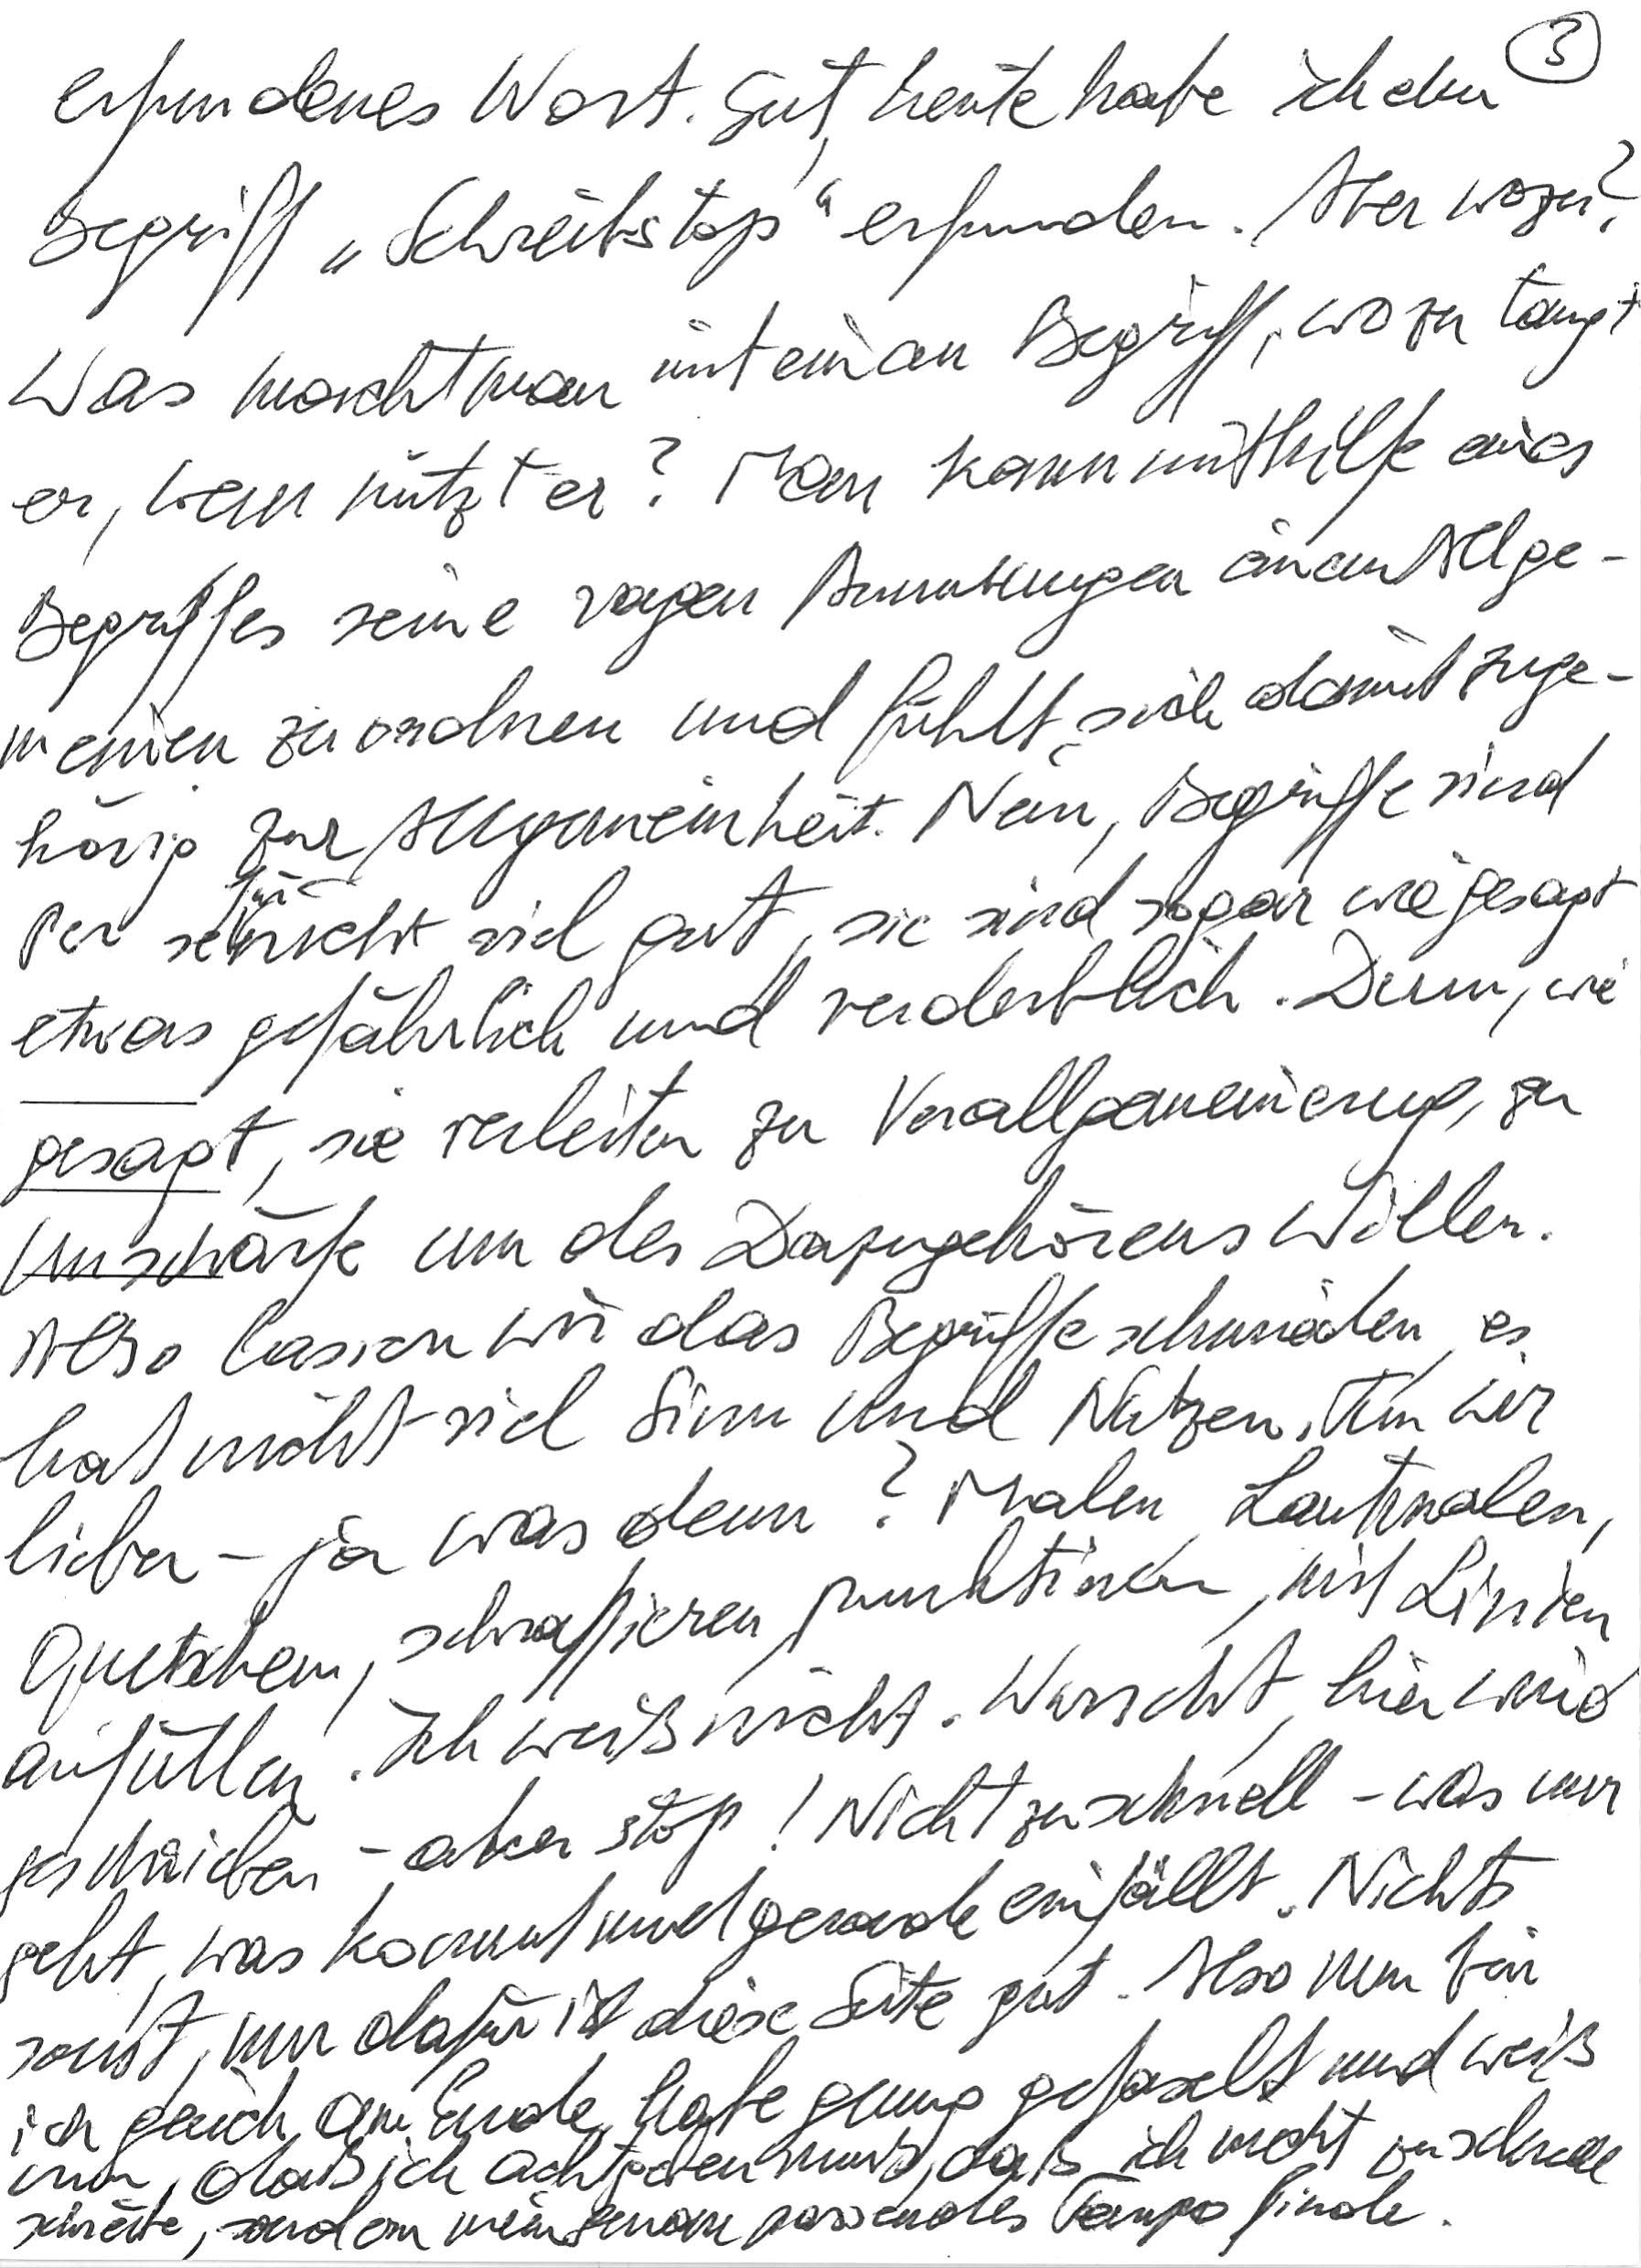
erfundenes Wort. Gut, heute habe ich den
Begriff „Schreibstopp“ erfunden. Aber wozu?
Was macht man mit einem Begriff, wozu taugt
er, wem nützt er? Man kann mithilfe eines
Begriffes seine vagen Anmutungen einem Allge-
meinen zuordnen und fühlt sich damit zuge-
hörig zur Allgemeinheit. Nein, Begriffe sind
per se für nicht viel gut, sie sind sogar wie gesagt
etwas gefährlich und verderblich. Denn, wie
gesagt, sie verleiten zu Verallgemeinerung, zu
Unschärfe um des Dazugehörens Willen.
Also lassen wir das Begriffe schmieden, es
hat nicht viel Sinn und Nutzen. Tun wir
lieber – ja was denn? Malen, Lautmalen,
quetschen, schraffieren, punktieren, mit Linien
anfüllen. Ich weiß nicht. Wurscht, hier wird
geschrieben – aber stop! Nicht zu schnell – was nur
geht, was kommt und gerade einfällt. Nichts
sonst, nur dafür ist diese Seite gut. Also nun bin
ich gleich am Ende, habe genug gefaselt und weiß
nun, daß ich achtgeben muß, daß ich nicht zu schnell
schreibe, sondern mein genau passendes Tempo finde.